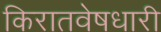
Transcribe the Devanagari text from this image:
किरातवेषधारी